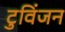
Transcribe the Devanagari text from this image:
टुविंजन